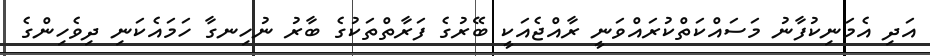
އަދި އެމަނިކުފާނު މަސައްކަތްކުރައްވަނީ ރާއްޖެއަކީ ބޭރުގެ ފަރާތްތަކުގެ ބާރު ނުހިނގާ ހަމައެކަނި ދިވެހިންގެ